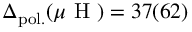
\Delta _ { \mathrm { p o l . } } ( \mu \mathrm { ~ H ~ } ) = 3 7 ( 6 2 )